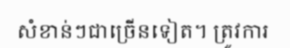
សំខាន់ៗជាច្រើនទៀត។ ត្រូវការ